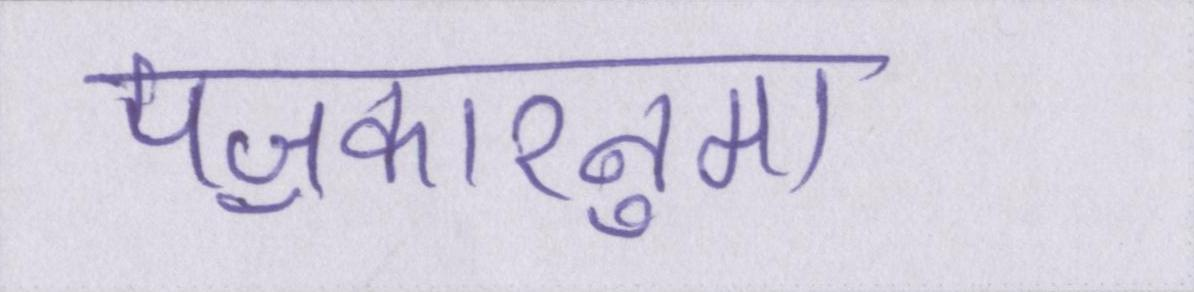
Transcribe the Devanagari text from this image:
पॼकारनुमा